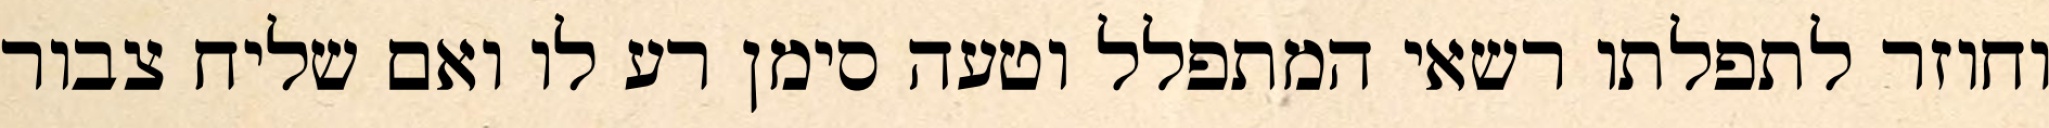
וחוזר לתפלתו רשאי המתפלל וטעה סימן רע לו ואם שליח צבור